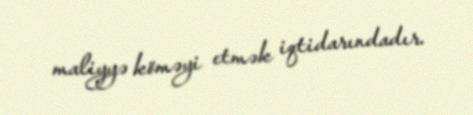
maliyyə köməyi etmək iqtidarındadır.